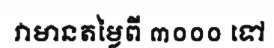
វាមានតម្លៃពី ៣០០០ ទៅ